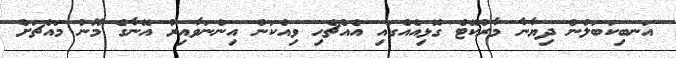
އަނބިކަބަލުން ދިޔާނާ މާރުކޭޓް ގޮޅިއެއްގައި އެއްޗެހި ވިއްކަން އިންނަވާއިރު އޭނާގެ މޫނު މައްޗަށް